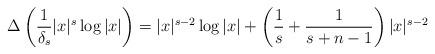
LaTeX: \begin{align*}\Delta\left(\frac{1}{\delta_{s}}|x|^{s}\log|x|\right)=|x|^{s-2}\log|x|+\left(\frac{1}{s}+\frac{1}{s+n-1}\right)|x|^{s-2}\end{align*}